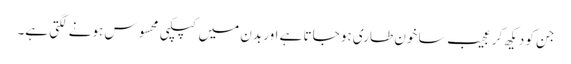
جن کو دیکھ کر عجیب سا خون طاری ہو جاتا ہے اور بدن میں کپکپی محسوس ہونے لگتی ہے۔